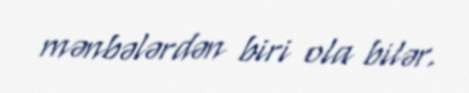
mənbələrdən biri ola bilər.